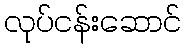
လုပ်ငန်းဆောင်